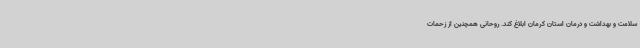
سلامت و بهداشت و درمان استان کرمان ابلاغ کند. روحانی همچنین از زحمات